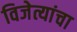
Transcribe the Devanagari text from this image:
विजेत्यांचा